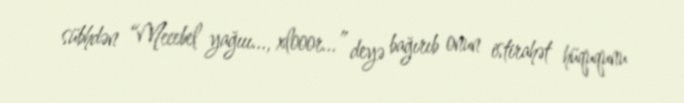
sübhdən “Meeebel yağııı..., xlooor...” deyə bağırıb onun istirahət hüququnu